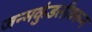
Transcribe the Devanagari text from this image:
जन्मकुंडलीवरून